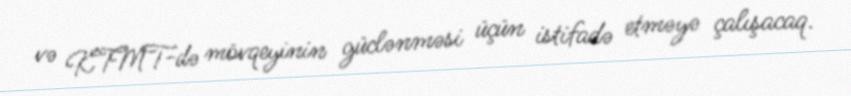
və KTMT-də mövqeyinin güclənməsi üçün istifadə etməyə çalışacaq.